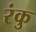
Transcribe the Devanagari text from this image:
रंकु